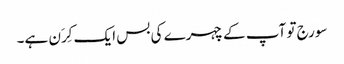
سورج تو آپ کے چہرے کی بس ایک کِرَن ہے۔